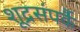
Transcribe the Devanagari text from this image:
शूद्रसंपर्कै